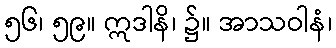
၅၆၊ ၅၉။ ဣဒါနိ၊ ၌။ အာသဝါနံ၊